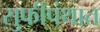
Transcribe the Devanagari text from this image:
सुफीपंथात